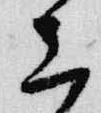
上